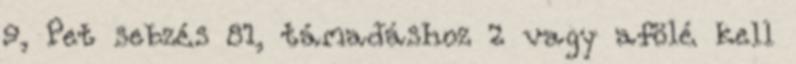
9, Pet sebzés 81, támadáshoz 2 vagy afölé kell